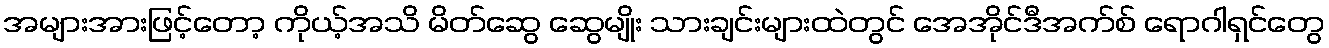
အများအားဖြင့်တော့ ကိုယ့်အသိ မိတ်ဆွေ ဆွေမျိုး သားချင်းများထဲတွင် အေအိုင်ဒီအက်စ် ရောဂါရှင်တွေ